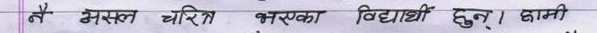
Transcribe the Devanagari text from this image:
नै असत् चरित्र भएका विद्यार्थी छन् । हाम्री